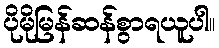
ပိုမိုမြန်ဆန်စွာရယူပါ။